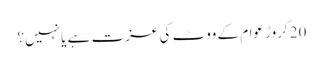
20کروڑ عوام کے ووٹ کی عزت ہے یا نہیں؟